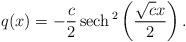
LaTeX: \begin{align*}q(x)=-\frac{c}{2}\operatorname*{sech}{}^{2}\left( \frac{\sqrt{c}x}{2}\right). \end{align*}